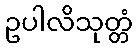
ဥပါလိသုတ္တံ